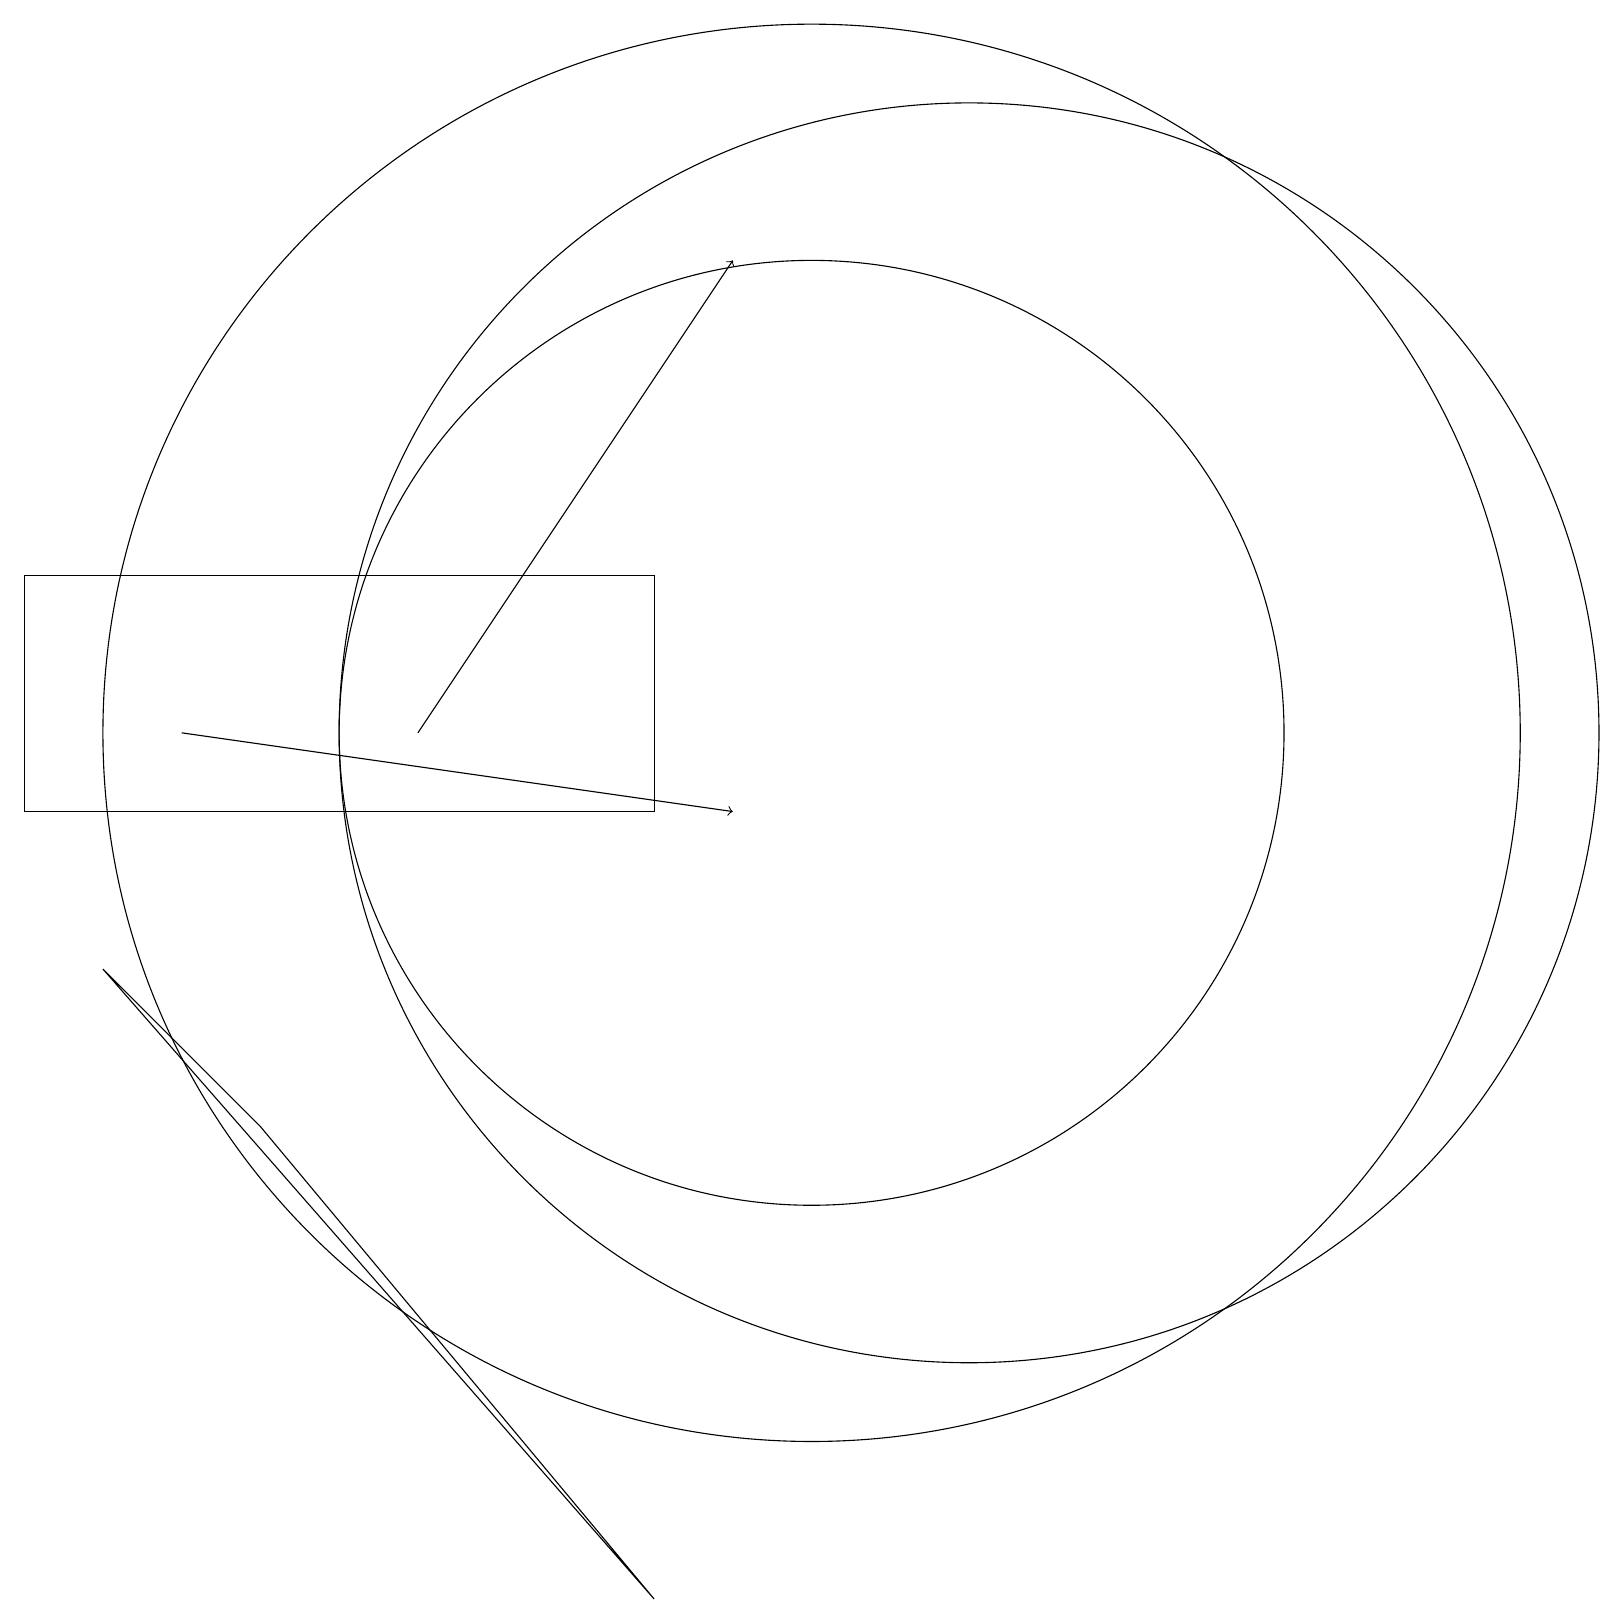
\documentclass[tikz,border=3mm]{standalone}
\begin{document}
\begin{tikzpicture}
\draw (8,0) -- (3,6) -- (1,8) -- cycle;
\draw (10,11) circle (9);
\draw (12,11) circle (8);
\draw[->] (5,11) -- (9,17);
\draw (10,11) circle (6);
\draw (0,10) rectangle (8,13);
\draw[->] (2,11) -- (9,10);
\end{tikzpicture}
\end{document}